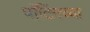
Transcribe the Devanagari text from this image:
पाँटिंगच्या